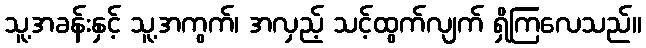
သူ့အခန်းနှင့် သူ့အကွက်၊ အလှည့် သင့်ထွက်လျက် ရှိကြလေသည်။